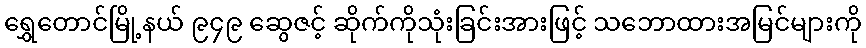
ရွှေတောင်မြို့နယ် ၉၄၉ ဆွေဇင့် ဆိုက်ကိုသုံးခြင်းအားဖြင့် သဘောထားအမြင်များကို